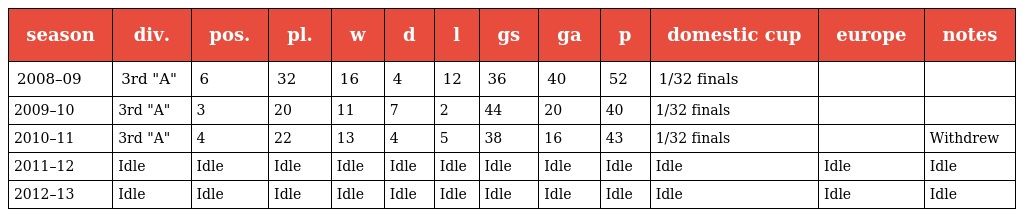
| season | div. | pos. | pl. | w | d | l | gs | ga | p | domestic cup | europe | notes |
 | --- | --- | --- | --- | --- | --- | --- | --- | --- | --- | --- | --- | --- |
 | 2008–09 | 3rd "A" | 6 | 32 | 16 | 4 | 12 | 36 | 40 | 52 | 1/32 finals |  |  |
 | 2009–10 | 3rd "A" | 3 | 20 | 11 | 7 | 2 | 44 | 20 | 40 | 1/32 finals |  |  |
 | 2010–11 | 3rd "A" | 4 | 22 | 13 | 4 | 5 | 38 | 16 | 43 | 1/32 finals |  | Withdrew |
 | 2011–12 | Idle | Idle | Idle | Idle | Idle | Idle | Idle | Idle | Idle | Idle | Idle | Idle |
 | 2012–13 | Idle | Idle | Idle | Idle | Idle | Idle | Idle | Idle | Idle | Idle | Idle | Idle |